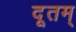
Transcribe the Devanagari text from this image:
दूतम्‌